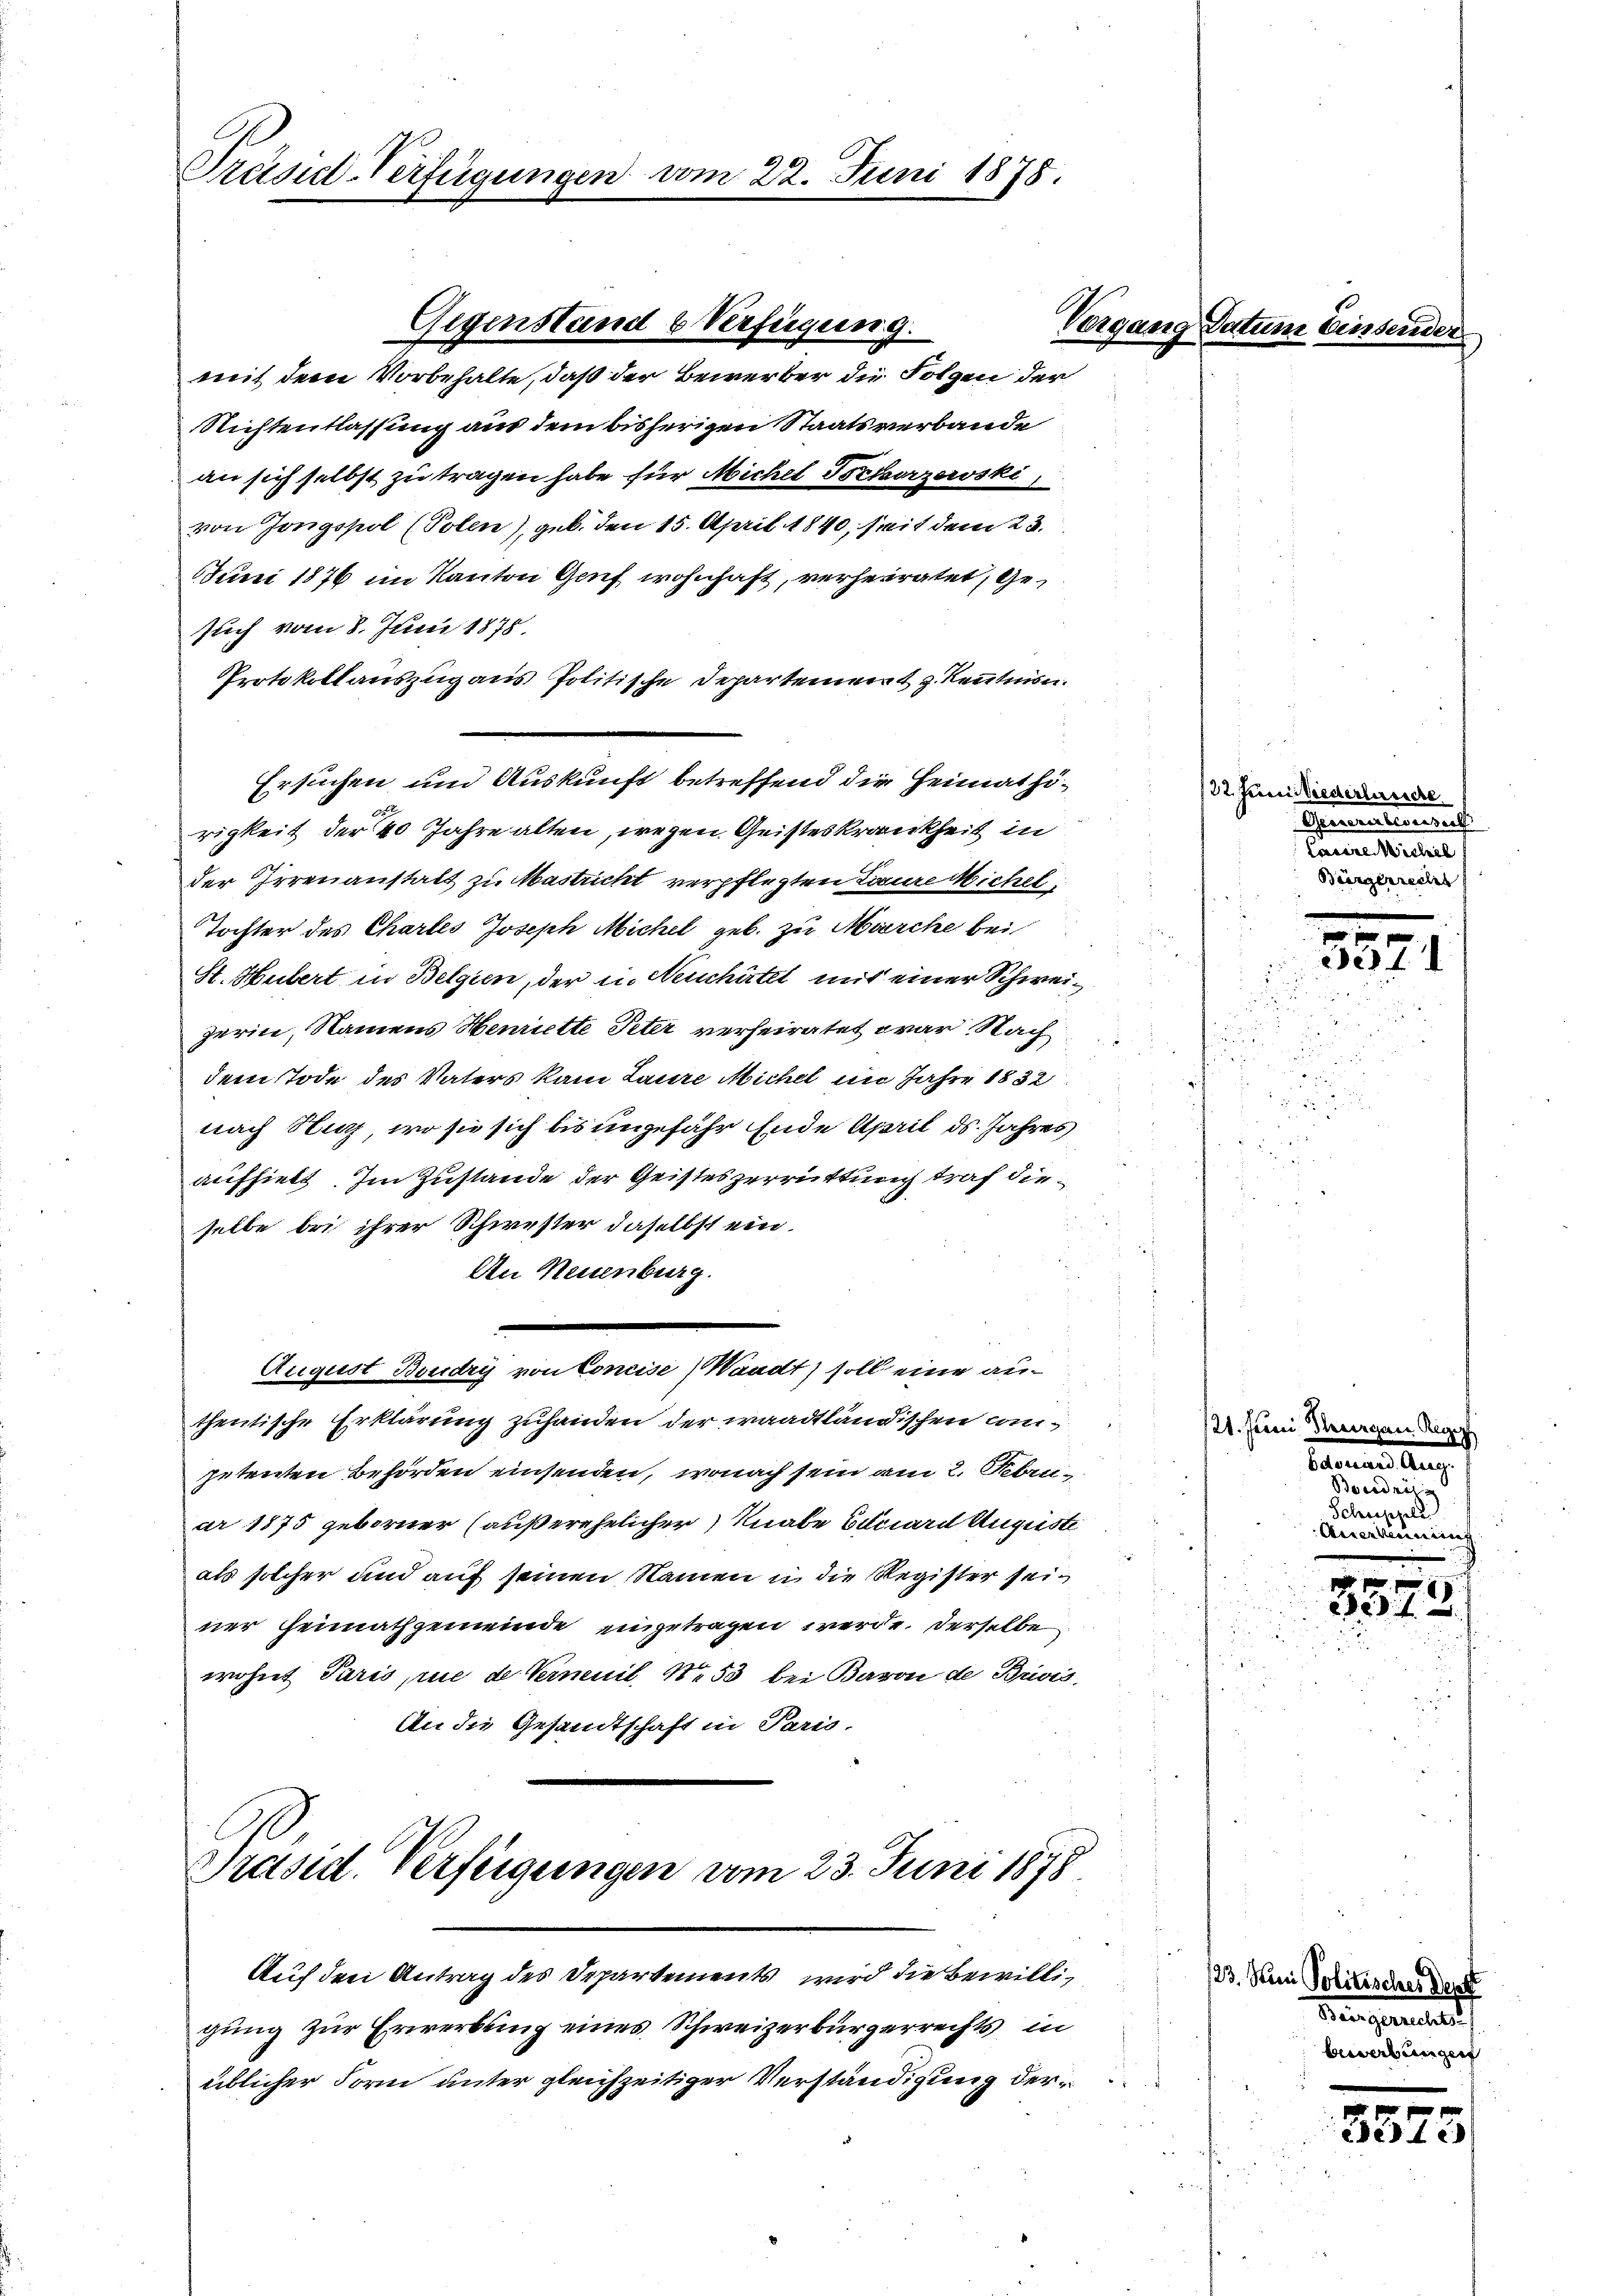
Präsidl-Verfügungen

mit dem Vorbehalte, daß der Bewerber die Folgen der
Nichtentlassung aus dem bisherigen Staatsverbande
an sich selbst zu tragen habe für Michel Toctorzeroski
von Jongspol (Polen), geb. den 15. April 1840, seit dem 23.
Juni 1876 im Kanton Genf wohnhaft, verheiratet, gesuch vom 8. Juni 1875
Protokollauszug aus Politische Departement z. Kenntnisn
Ersuchen um Auskunft betreffend die Heimathörigkeit der 40 Jahre alten, wegen Geisteskrankheit in
der Irrenanstalt zu Mastricht verpflegten Laure Michel
Tochter des Chartes Joseph Michel geb. zu Marche bei
St. Hubert in Belgien, der in Neuchätzt mit einer Schweizerin, Namens Henriette Peter verheiratet war. Nach
dem Tode des Vaters kam Laure Michel im Jahre 1832
nach Hurz, wo sie sich bis ungefähr Ende April ds. Jahres
aufhielt. Im Zustande der Geisteszerrüttung traf dieis
selbe bei ihrer Schwester daselbst ein.
An Neuenburg.
August Boudry von Concise) Waadt) soll eine authentische Erklärung zuhanden der waadtländischen Canpetenten Behörden einsenden, wonach sein am 2. Februar 1875 geborner (außerehelicher Knabe Biciard Auguste
als solcher und auf seinen Namen in die Register sein
ner Heimathgemeinde eingetragen werde. Derselbe
wohnt Paris, rue de Vernuil, No 53 bei Baron de Brivis,
An die Gesandtschaft in Paris,

Gegenstand & Verfügung.

22. Juni 1878.

Präsid. Verfeigungen vom 23. Juni 1878

Vergang

Auf den Antrag des Departements wird die Bewilligung zur Erwerbung eines Schweizerbürgerrechts in
üblicher Form unter gleichzeitiger Verständigung der¬

22. Juni wiederterriche
Gernererbeverdach
Cacere Michel
Bürgerrecht

e
e

Sanen Auge
Boeidnis
Schwestell
Anerkennung

21. Juni Thurgau Rege

1 x
dedit

23. Wien Politischer Deut
Separtali
bewerbungen

27
337.